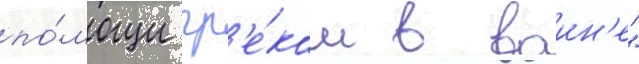
по́мощи гр'е́кам в воин'е"